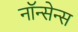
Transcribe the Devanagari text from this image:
नॉन्सेन्स